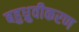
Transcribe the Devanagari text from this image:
बहुध्रुवीकरण